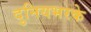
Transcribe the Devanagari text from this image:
दुनियभरके